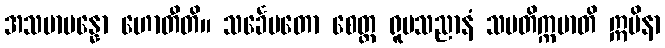
အသမာပန္နော ဟောတီတိ။ သင်္ခေပတော စေတ္ထ ရူပသညာနံ သမတိက္ကမာတိ ဣမိနာ